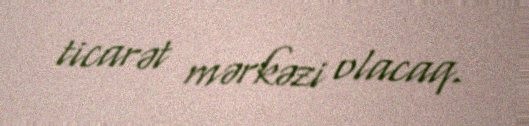
ticarət mərkəzi olacaq.